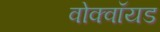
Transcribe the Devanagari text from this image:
वोक्वॉयड